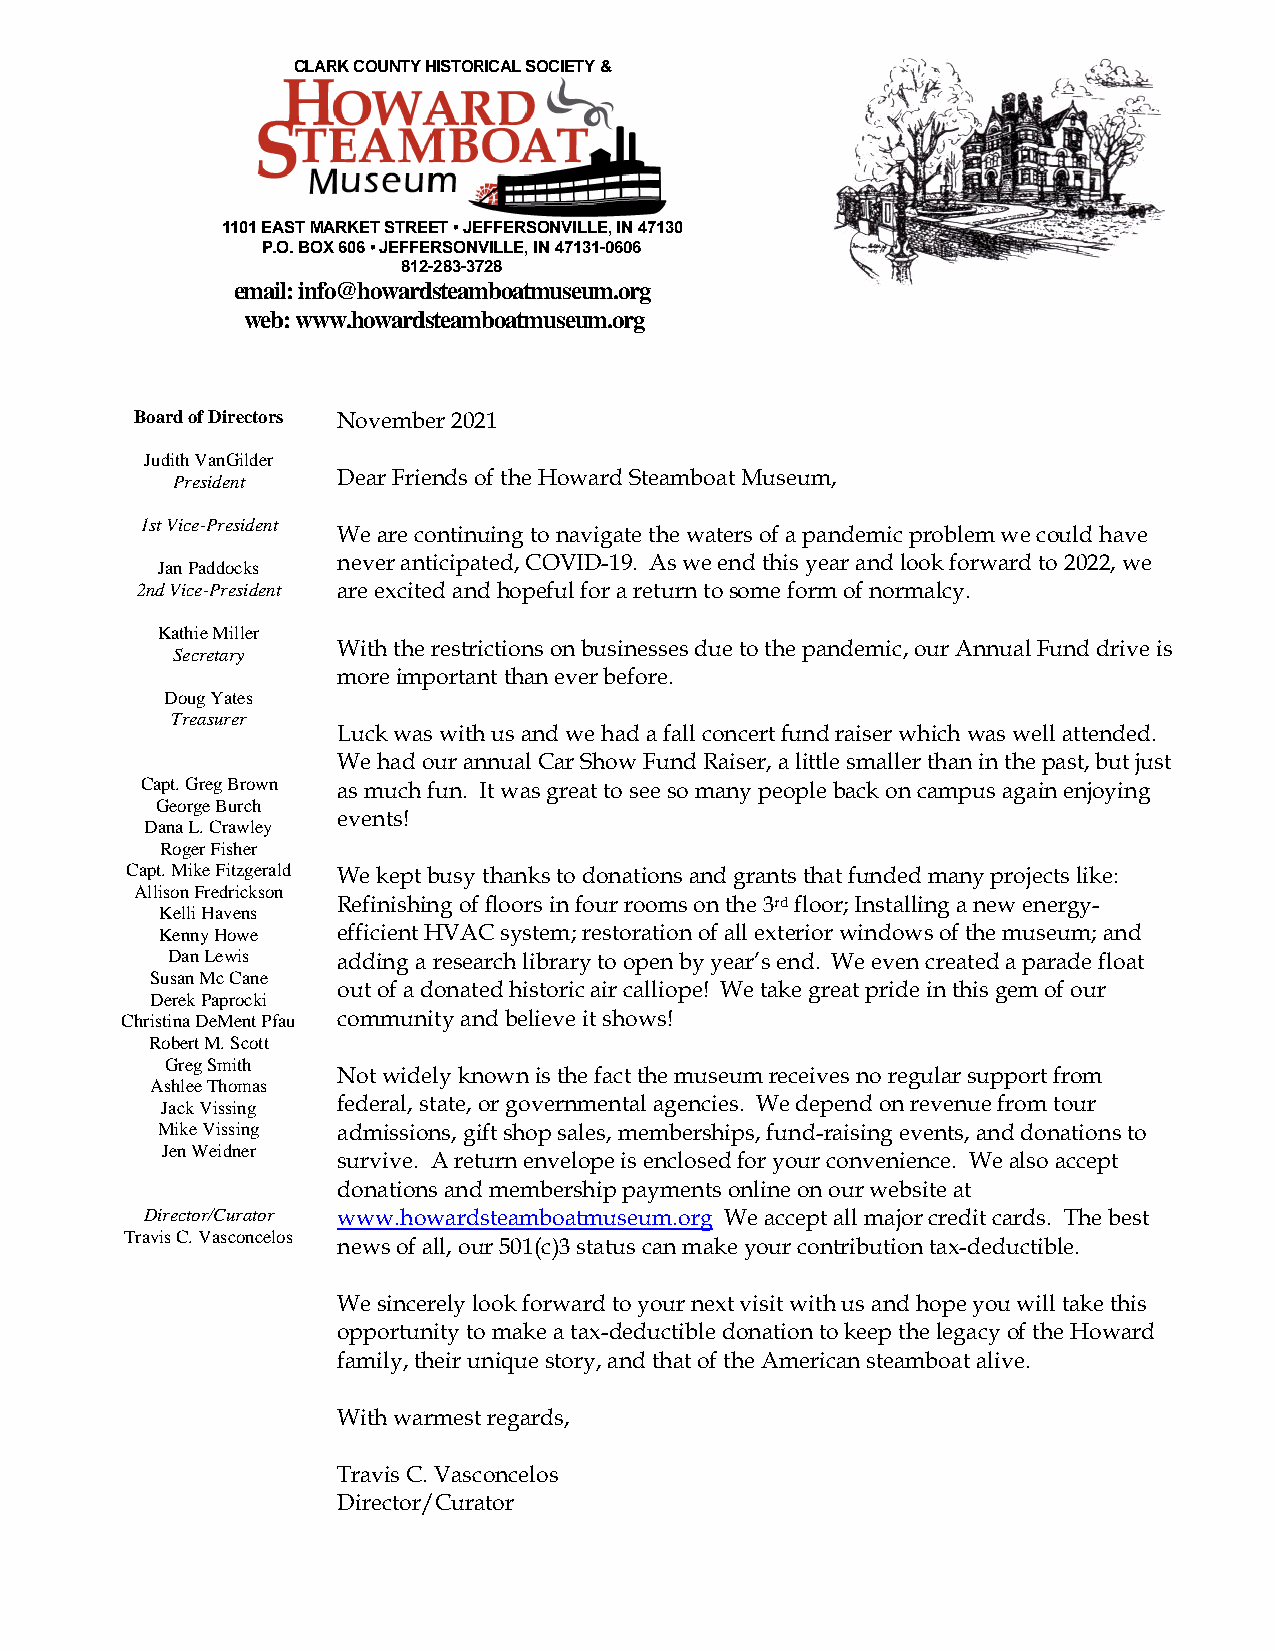
CLARK COUNTY HISTORICAL SOCIETY &
 1101 EAST MARKET STREET • JEFFERSONVILLE, IN 47130
 P.O. BOX 606 • JEFFERSONVILLE, IN 47131-0606
 812-283-3728
 email: info@howardsteamboatmuseum.org
 web: www.howardsteamboatmuseum.org
 Board of Directors November 2021
 Judith VanGilder
 President  Dear Friends of the Howard Steamboat Museum,
 1st Vice-President
 We are continuing to navigate the waters of a pandemic problem we could have
 Jan Paddocks never anticipated, COVID-19. As we end this year and look forward to 2022, we
 2nd Vice-President are excited and hopeful for a return to some form of normalcy.
 Kathie Miller
 With the restrictions on businesses due to the pandemic, our Annual Fund drive is
 Secretary
 more important than ever before.
 Doug Yates
 Treasurer
 Luck was with us and we had a fall concert fund raiser which was well attended.
 We had our annual Car Show Fund Raiser, a little smaller than in the past, but just
 Capt. Greg Brown as much fun. It was great to see so many people back on campus again enjoying
 George Burch
 events!
 Dana L. Crawley
 Roger Fisher
 Capt. Mike Fitzgerald We kept busy thanks to donations and grants that funded many projects like:
 Allison Fredrickson
 Refinishing of floors in four rooms on the 3rd floor; Installing a new energy-
 Kelli Havens
 Kenny Howe efficient HVAC system; restoration of all exterior windows of the museum; and
 Dan Lewis  adding a research library to open by year’s end. We even created a parade float
 Susan Mc Cane
 out of a donated historic air calliope! We take great pride in this gem of our
 Derek Paprocki
 Christina DeMent Pfau community and believe it shows!
 Robert M. Scott
 Greg Smith
 Not widely known is the fact the museum receives no regular support from
 Ashlee Thomas
 Jack Vissing federal, state, or governmental agencies. We depend on revenue from tour
 Mike Vissing admissions, gift shop sales, memberships, fund-raising events, and donations to
 Jen Weidner
 survive. A return envelope is enclosed for your convenience. We also accept
 donations and membership payments online on our website at
 Director/Curator www.howardsteamboatmuseum.org We accept all major credit cards. The best
 Travis C. Vasconcelos
 news of all, our 501(c)3 status can make your contribution tax-deductible.
 We sincerely look forward to your next visit with us and hope you will take this
 opportunity to make a tax-deductible donation to keep the legacy of the Howard
 family, their unique story, and that of the American steamboat alive.
 With warmest regards,
 Travis C. Vasconcelos
 Director/Curator